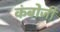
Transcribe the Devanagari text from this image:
कंबोजी